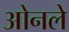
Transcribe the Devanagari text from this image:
ओनले